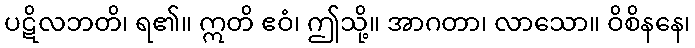
ပဋိလဘတိ၊ ရ၏။ ဣတိ ဧဝံ၊ ဤသို့။ အာဂတာ၊ လာသော။ ဝိစိနနေ၊